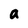
Character: a